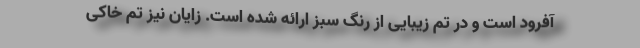
آفرود است و در تم زیبایی از رنگ سبز ارائه شده است. زایان نیز تم خاکی